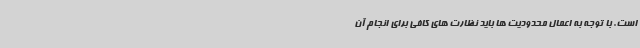
است. با توجه به اعمال محدودیت ها باید نظارت های کافی برای انجام آن